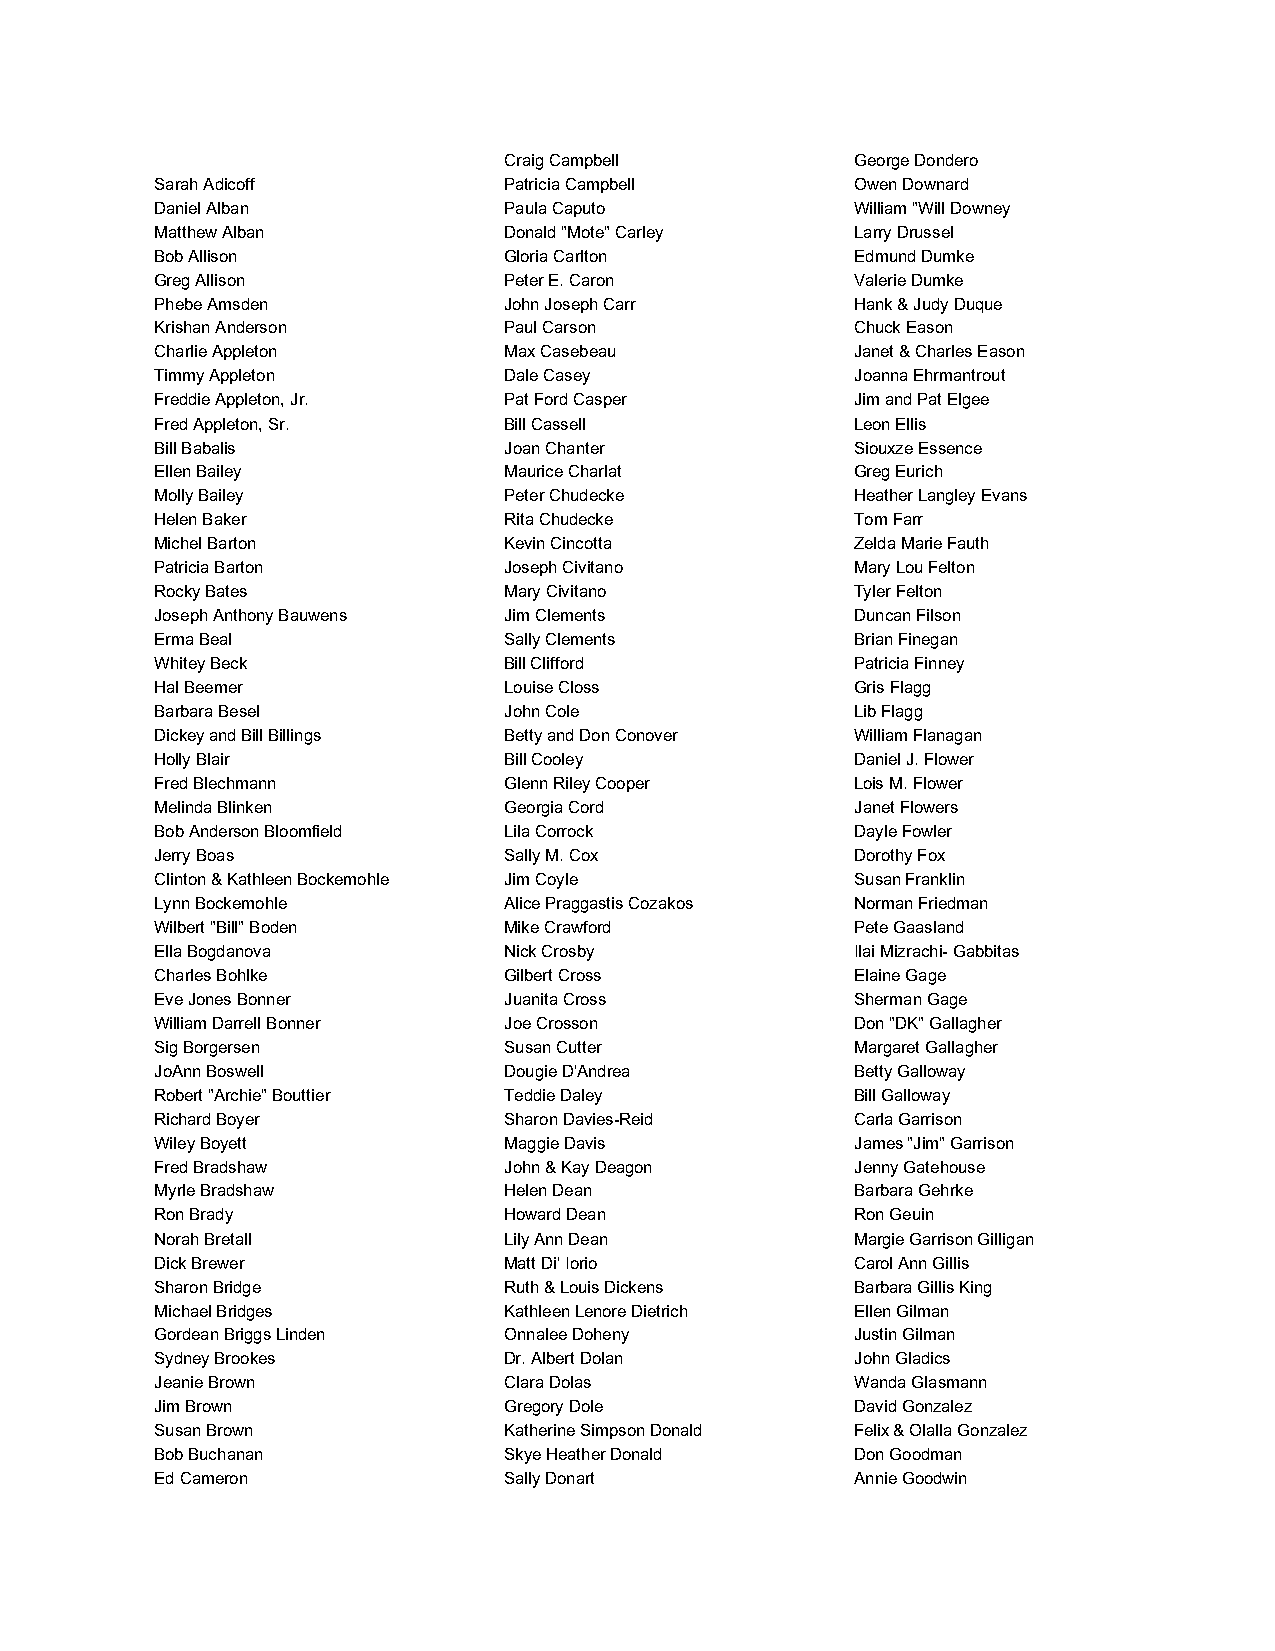
Craig Campbell          George Dondero
 Sarah Adicoff          Patricia Campbell       Owen Downard
 Daniel Alban           Paula Caputo            William "Will Downey
 Matthew Alban          Donald "Mote" Carley    Larry Drussel
 Bob Allison            Gloria Carlton          Edmund Dumke
 Greg Allison           Peter E. Caron          Valerie Dumke
 Phebe Amsden           John Joseph Carr        Hank & Judy Duque
 Krishan Anderson       Paul Carson             Chuck Eason
 Charlie Appleton       Max Casebeau            Janet & Charles Eason
 Timmy Appleton         Dale Casey              Joanna Ehrmantrout
 Freddie Appleton, Jr.  Pat Ford Casper         Jim and Pat Elgee
 Fred Appleton, Sr.     Bill Cassell            Leon Ellis
 Bill Babalis           Joan Chanter            Siouxze Essence
 Ellen Bailey           Maurice Charlat         Greg Eurich
 Molly Bailey           Peter Chudecke          Heather Langley Evans
 Helen Baker            Rita Chudecke           Tom Farr
 Michel Barton          Kevin Cincotta          Zelda Marie Fauth
 Patricia Barton        Joseph Civitano         Mary Lou Felton
 Rocky Bates            Mary Civitano           Tyler Felton
 Joseph Anthony Bauwens Jim Clements            Duncan Filson
 Erma Beal              Sally Clements          Brian Finegan
 Whitey Beck            Bill Clifford           Patricia Finney
 Hal Beemer             Louise Closs            Gris Flagg
 Barbara Besel          John Cole               Lib Flagg
 Dickey and Bill Billings Betty and Don Conover William Flanagan
 Holly Blair            Bill Cooley             Daniel J. Flower
 Fred Blechmann         Glenn Riley Cooper      Lois M. Flower
 Melinda Blinken        Georgia Cord            Janet Flowers
 Bob Anderson Bloomfield Lila Corrock           Dayle Fowler
 Jerry Boas             Sally M. Cox            Dorothy Fox
 Clinton & Kathleen Bockemohle Jim Coyle        Susan Franklin
 Lynn Bockemohle        Alice Praggastis Cozakos Norman Friedman
 Wilbert "Bill" Boden   Mike Crawford           Pete Gaasland
 Ella Bogdanova         Nick Crosby             Ilai Mizrachi- Gabbitas
 Charles Bohlke         Gilbert Cross           Elaine Gage
 Eve Jones Bonner       Juanita Cross           Sherman Gage
 William Darrell Bonner Joe Crosson             Don "DK" Gallagher
 Sig Borgersen          Susan Cutter            Margaret Gallagher
 JoAnn Boswell          Dougie D'Andrea         Betty Galloway
 Robert "Archie" Bouttier Teddie Daley          Bill Galloway
 Richard Boyer          Sharon Davies-Reid      Carla Garrison
 Wiley Boyett           Maggie Davis            James "Jim" Garrison
 Fred Bradshaw          John & Kay Deagon       Jenny Gatehouse
 Myrle Bradshaw         Helen Dean              Barbara Gehrke
 Ron Brady              Howard Dean             Ron Geuin
 Norah Bretall          Lily Ann Dean           Margie Garrison Gilligan
 Dick Brewer            Matt Di' Iorio          Carol Ann Gillis
 Sharon Bridge          Ruth & Louis Dickens    Barbara Gillis King
 Michael Bridges        Kathleen Lenore Dietrich Ellen Gilman
 Gordean Briggs Linden  Onnalee Doheny          Justin Gilman
 Sydney Brookes         Dr. Albert Dolan        John Gladics
 Jeanie Brown           Clara Dolas             Wanda Glasmann
 Jim Brown              Gregory Dole            David Gonzalez
 Susan Brown            Katherine Simpson Donald Felix & Olalla Gonzalez
 Bob Buchanan           Skye Heather Donald     Don Goodman
 Ed Cameron             Sally Donart            Annie Goodwin